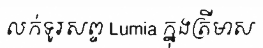
លក់ទូរសព្ទ Lumia ក្នុងត្រីមាស